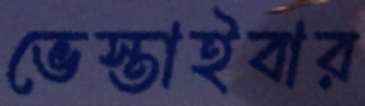
ভেস্তাইবার